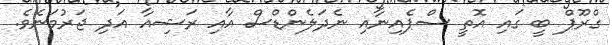
ގްރޫޕް ބީ ގައި އޮތީ ސްޕެއިނާއި ނެދަލެންޑްސް އާއި ރަޝިއާ އަދި ޖަރުމަނެވެ.